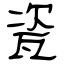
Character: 瓷